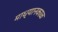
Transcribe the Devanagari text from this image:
माध्यानकाळ